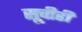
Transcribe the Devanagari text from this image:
सूचीही